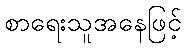
စာရေးသူအနေဖြင့်